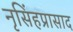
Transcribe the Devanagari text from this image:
नृसिंहप्रासाद